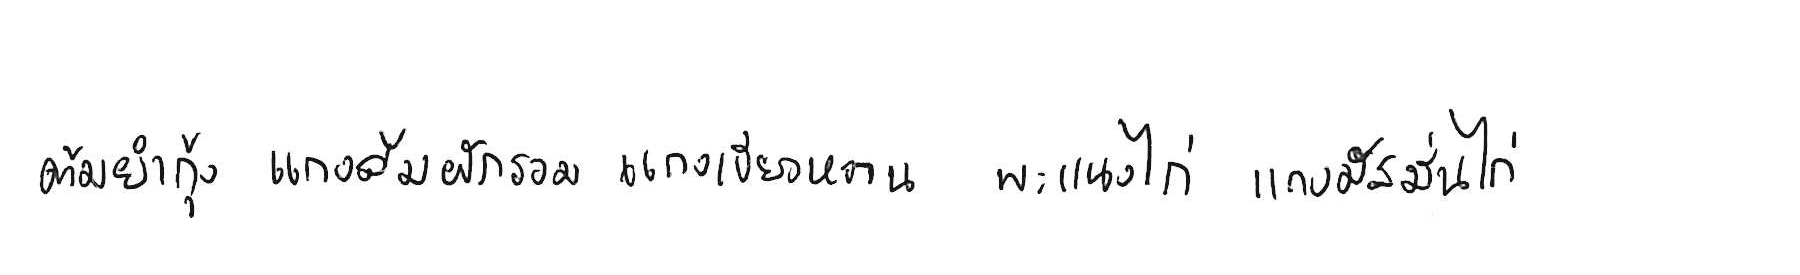
ต้มยำกุ้ง แกงส้มผักรวม แกงเขียวหวาน พะแนงไก่ แกงมัสมั่นไก่